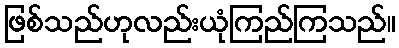
ဖြစ်သည်ဟုလည်းယုံကြည်ကြသည်။